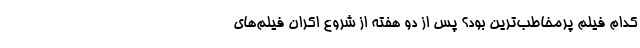
کدام فیلم پرمخاطب‌ترین بود؟ پس از دو هفته از شروع اکران فیلم‌های